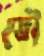
ভৌ